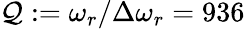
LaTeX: \mathcal{Q}:=\omega_{r}/\Delta\omega_{r}=936